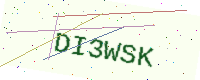
Text: DI3WSK